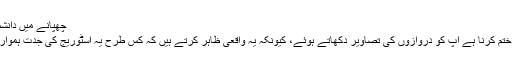
چھپانے میں دانشمندی
ہمیں ختم کرنا ہے آپ کو دروازوں کی تصاویر دکھاتے ہوئے، کیونکہ یہ واقعی ظاہر کرتے ہیں کہ کس طرح یہ اسٹوریج کی جدت ہموار ہیں!